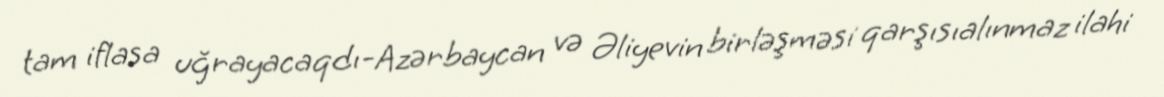
tam iflasa uğrayacaqdı-Azərbaycan və Əliyevin birləşməsi qarşısıalınmaz ilahi